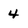
Character: 4